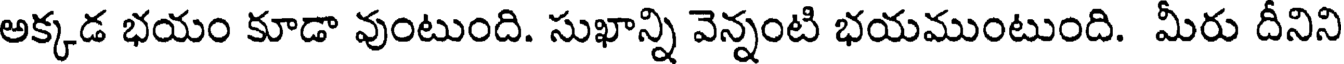
అక్కడ భయం కూడా వుంటుంది. సుఖాన్ని వెన్నంటి భయముంటుంది. మీరు దీనిని